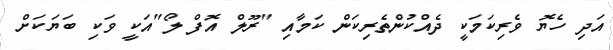
އަދި ހެޔޮ ވެރިކަމަކީ ދެއްކުންތެރިކަން ކަމާއި "ރޫލް އޮފް ލޯ"އަކީ ވަކި ބަޔަކަށް